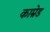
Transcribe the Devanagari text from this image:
काम्रेड